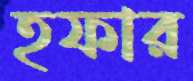
হফার